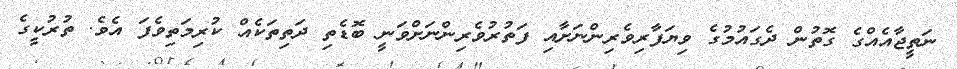
ނަތީޖާއެއްގެ ގޮތުން ދެގައުމުގެ ވިޔަފާރިވެރިންނަށާއި ފަތުރުވެރިންނަށްވަނީ ބޮޑެތި ދަތިތަކެއް ކުރިމަތިވެފަ އެވެ. ތުރުކީގެ